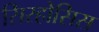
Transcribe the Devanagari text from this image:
सिरहोसिस